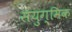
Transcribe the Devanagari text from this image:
संयुग्मिक